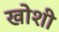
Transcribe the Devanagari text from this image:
खोशी